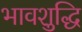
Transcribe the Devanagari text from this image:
भावशुद्धि